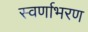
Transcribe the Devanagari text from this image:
स्वर्णाभरण